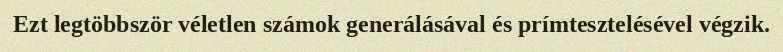
Ezt legtöbbször véletlen számok generálásával és prímtesztelésével végzik.